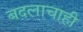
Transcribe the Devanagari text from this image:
बदलाचाही